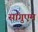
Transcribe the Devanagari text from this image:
सांगुएम